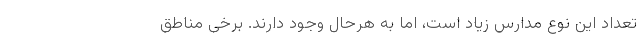
تعداد این نوع مدارس زیاد است، اما به هرحال وجود دارند. برخی مناطق